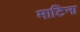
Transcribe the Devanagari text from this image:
माटिना